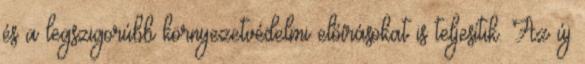
és a legszigorúbb környezetvédelmi előírásokat is teljesítik. Az új